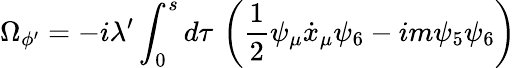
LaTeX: \Omega_{\phi^{\prime}}=-i\lambda^{\prime}\int_{0}^{s}d\tau\, \left(\frac{1}{2}\psi_{\mu}\dot{x}_{\mu}\psi_{6}-im\psi_{5}\psi_{6}\right)